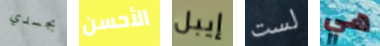
بجسدي الأحسن إيبل لست هي